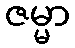
ဇမ္မာ